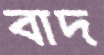
বাদ